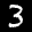
Label: 3